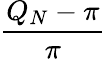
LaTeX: \frac{Q_{N}-\pi}{\pi}